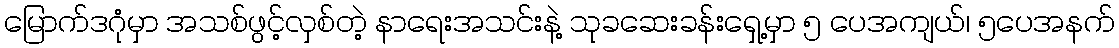
မြောက်ဒဂုံမှာ အသစ်ဖွင့်လှစ်တဲ့ နာရေးအသင်းနဲ့ သုခဆေးခန်းရှေ့မှာ ၅ ပေအကျယ်၊ ၅ပေအနက်